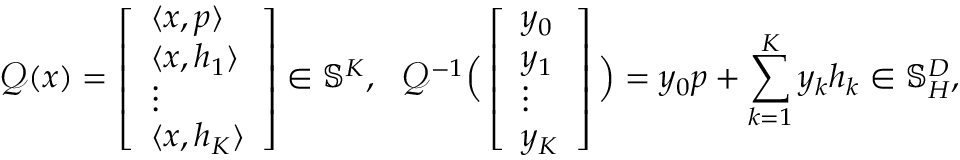
\mathcal { Q } ( x ) = \left[ \begin{array} { l } { \langle x , p \rangle } \\ { \langle x , h _ { 1 } \rangle } \\ { \vdots } \\ { \langle x , h _ { K } \rangle } \end{array} \right] \in \mathbb { S } ^ { K } , \ \ \mathcal { Q } ^ { - 1 } \Big ( \left[ \begin{array} { l } { y _ { 0 } } \\ { y _ { 1 } } \\ { \vdots } \\ { y _ { K } } \end{array} \right] \Big ) = y _ { 0 } p + \sum _ { k = 1 } ^ { K } y _ { k } h _ { k } \in \mathbb { S } _ { H } ^ { D } ,